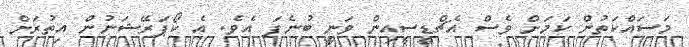
މަސައްކަތުން ކަމަށް ވެސް އެޗްޑީސީއިން ވަނީ ބުނެފަ އެވެ. އެ ކޯޕަރޭޝަނުން އިތުރަށް